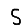
Digit: 5